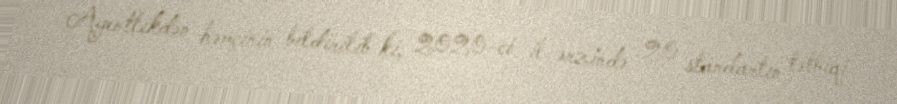
Agentlikdən həmçinin bildirilib ki, 2020-ci il ərzində 20 standartın tətbiqi